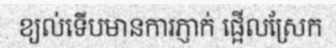
ខ្យល់ទើបមានការភ្ញាក់ ផ្អើលស្រែក